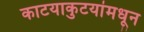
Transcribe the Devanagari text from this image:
काटयाकुटयांमधून